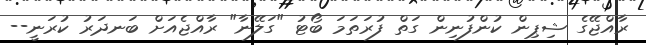
ރާއްޖޭގެ ޝިޕިން ކުންފުނިން ގަތް ފުރަތަމަ ބޯޓު "ގަލޭނާ" ރާއްޖެއަށް ބަނދަރު ކުރަނީ--